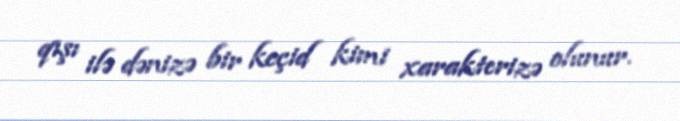
qışı ilə dənizə bir keçid kimi xarakterizə olunur.